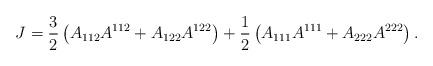
LaTeX: \begin{align*} J=\frac{3}{2} \left(A_{112} A^{112}+A_{122} A^{122} \right)+\frac{1}{2}\left(A_{111} A^{111}+A_{222} A^{222}\right). \end{align*}